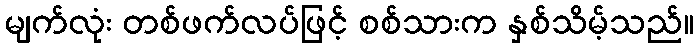
မျက်လုံး တစ်ဖက်လပ်ဖြင့် စစ်သားက နှစ်သိမ့်သည်။